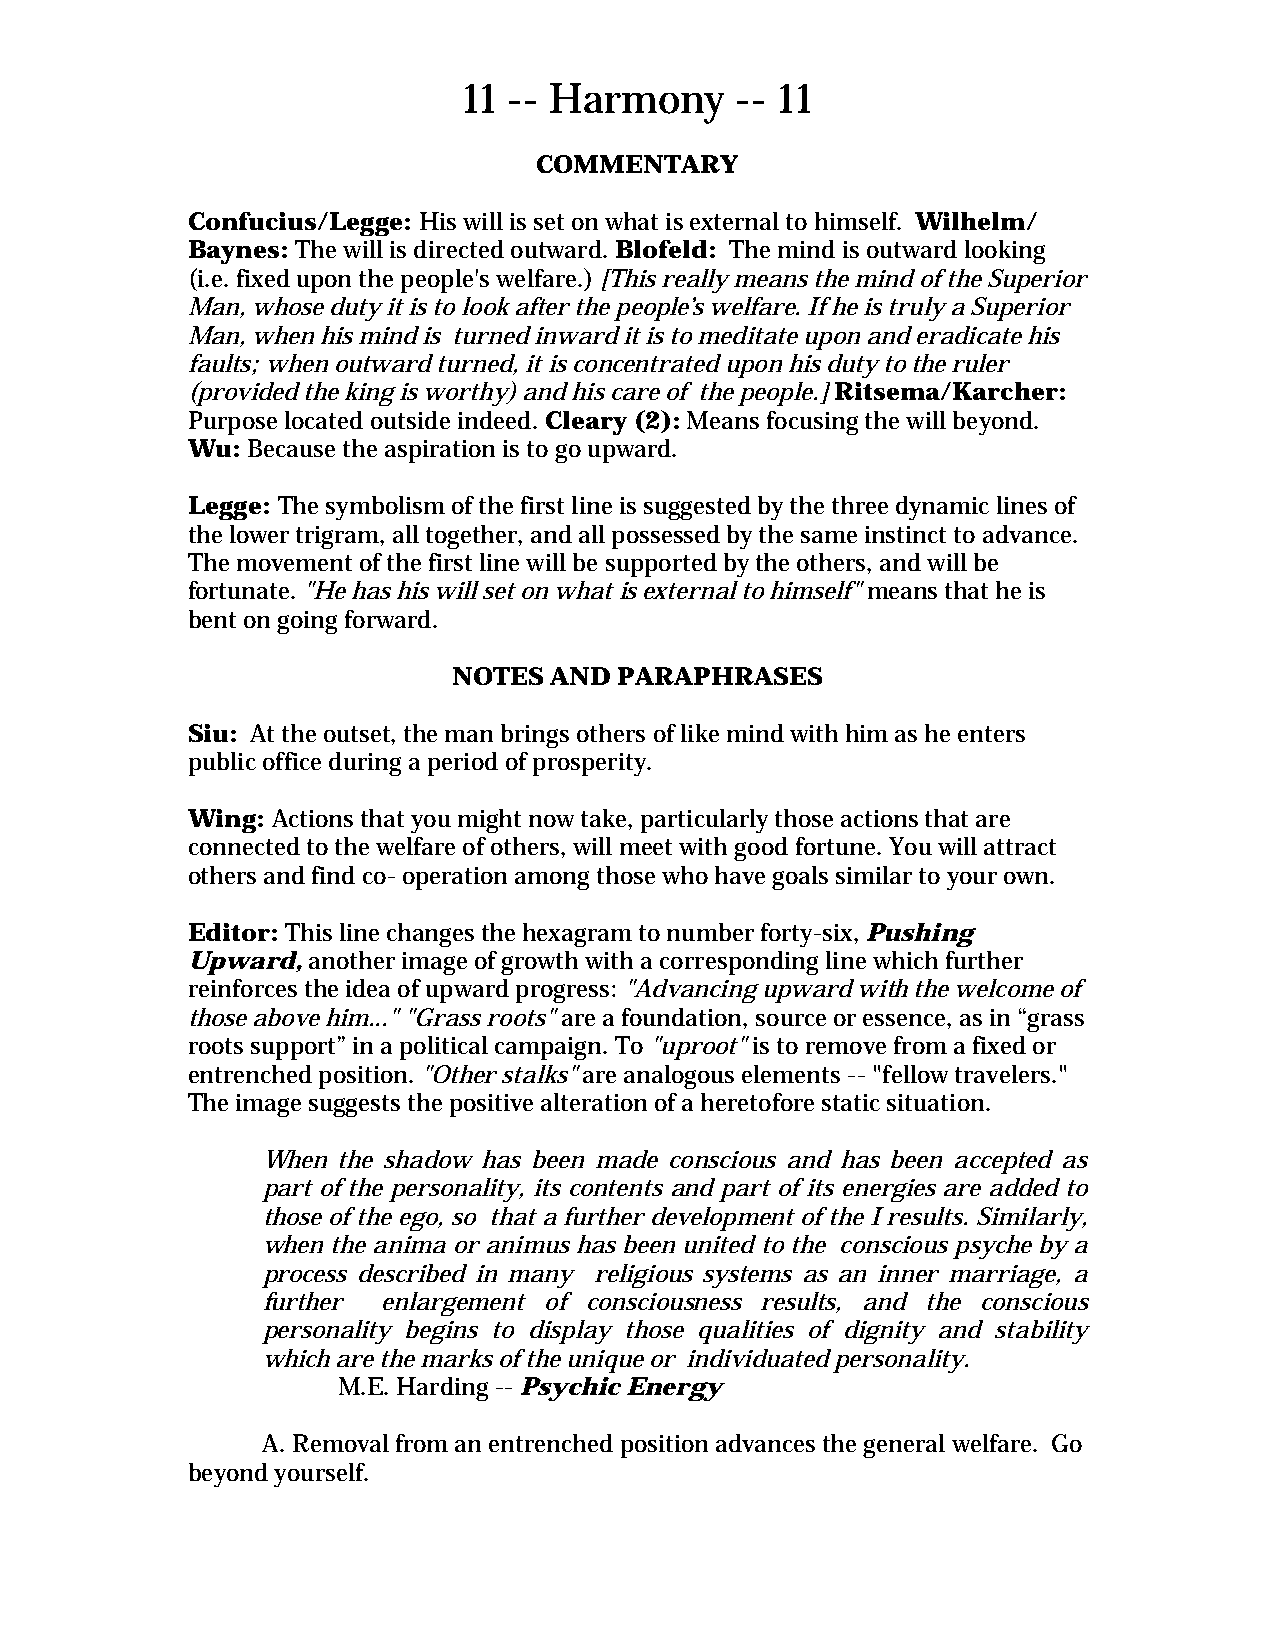
11 -- Harmony     -- 11
 COMMENTARY
 Confucius/Legge: His will is set on what is external to himself. Wilhelm/
 Baynes: The will is directed outward. Blofeld: The mind is outward looking
 (i.e. fixed upon the people's welfare.) [This really means the mind of the Superior
 Man, whose duty it is to look after the people’s welfare. If he is truly a Superior
 Man, when his mind is turned inward it is to meditate upon and eradicate his
 faults; when outward turned, it is concentrated upon his duty to the ruler
 (provided the king is worthy) and his care of the people.] Ritsema/Karcher:
 Purpose located outside indeed. Cleary (2): Means focusing the will beyond.
 Wu: Because the aspiration is to go upward.
 Legge: The symbolism of the first line is suggested by the three dynamic lines of
 the lower trigram, all together, and all possessed by the same instinct to advance.
 The movement of the first line will be supported by the others, and will be
 fortunate. "He has his will set on what is external to himself" means that he is
 bent on going forward.
 NOTES AND  PARAPHRASES
 Siu: At the outset, the man brings others of like mind with him as he enters
 public office during a period of prosperity.
 Wing: Actions that you might now take, particularly those actions that are
 connected to the welfare of others, will meet with good fortune. You will attract
 others and find co- operation among those who have goals similar to your own.
 Editor: This line changes the hexagram to number forty-six, Pushing
 Upward, another image of growth with a corresponding line which further
 reinforces the idea of upward progress: "Advancing upward with the welcome of
 those above him..." "Grass roots" are a foundation, source or essence, as in “grass
 roots support” in a political campaign. To "uproot" is to remove from a fixed or
 entrenched position. "Other stalks" are analogous elements -- "fellow travelers."
 The image suggests the positive alteration of a heretofore static situation.
 When the shadow has been made conscious and has been accepted as
 part of the personality, its contents and part of its energies are added to
 those of the ego, so that a further development of the I results. Similarly,
 when the anima or animus has been united to the conscious psyche by a
 process described in many religious systems as an inner marriage, a
 further enlargement of consciousness results, and the conscious
 personality begins to display those qualities of dignity and stability
 which are the marks of the unique or individuated personality.
 M.E. Harding -- Psychic Energy
 A. Removal from an entrenched position advances the general welfare. Go
 beyond yourself.